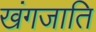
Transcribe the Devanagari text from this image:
खंगजाति